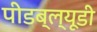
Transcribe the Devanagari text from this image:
पीडब्‍ल्‍यूडी